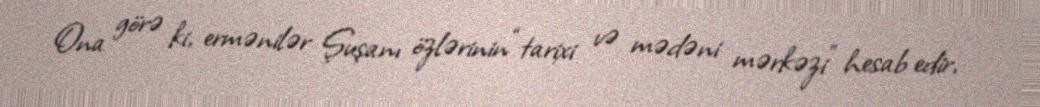
Ona görə ki, ermənilər Şuşanı özlərinin “tarixi və mədəni mərkəzi” hesab edir,